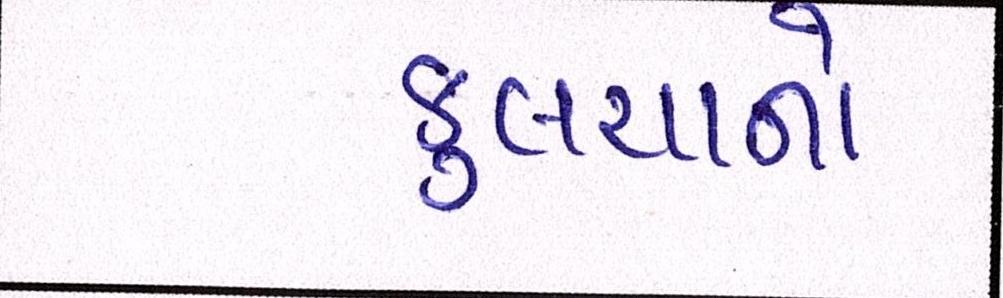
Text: કુલચાનો